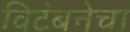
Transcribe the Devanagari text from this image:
विटंबनेचा